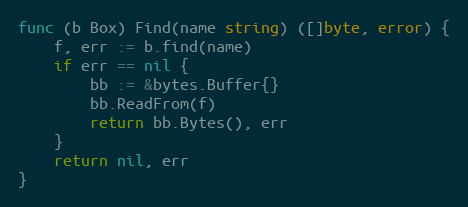
Language: Go
func (b Box) Find(name string) ([]byte, error) {
	f, err := b.find(name)
	if err == nil {
		bb := &bytes.Buffer{}
		bb.ReadFrom(f)
		return bb.Bytes(), err
	}
	return nil, err
}